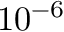
1 0 ^ { - 6 }